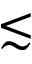
\lesssim